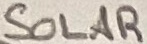
Text: SOLAR